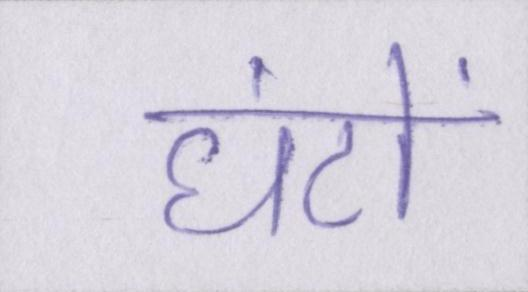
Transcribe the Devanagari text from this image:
घंटों